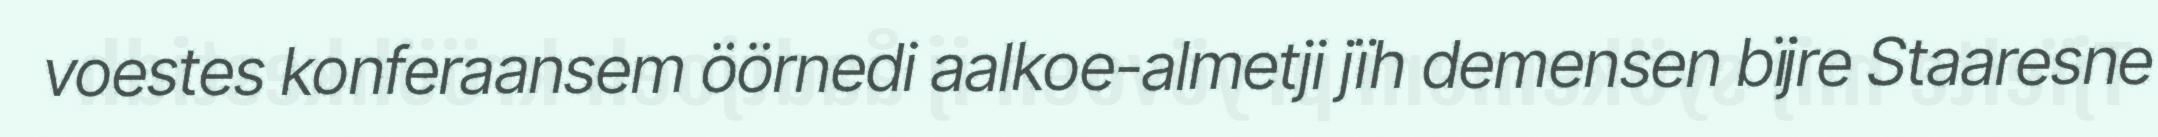
voestes konferaansem öörnedi aalkoe-almetji jïh demensen bïjre Staaresne